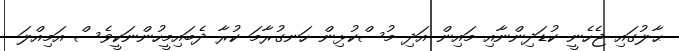
ޙާލުގައި ޖެހެނީ ކުޑަދިންނާއި މައިން އަދި މުސްކުޅިން ހަނގުރާމަ ކުރާ ދެބައިމީހުންނަކީވެސް އަމިއްލަ